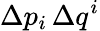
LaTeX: \Delta p_{i}\, \Delta q^{i}